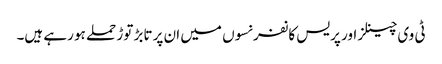
ٹی وی چینلز اور پریس کانفرنسوں میں ان پر تابڑ توڑ حملے ہو رہے ہیں۔